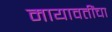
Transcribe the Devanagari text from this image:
मायावतींचा